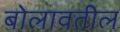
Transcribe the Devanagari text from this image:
बोलावतील